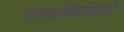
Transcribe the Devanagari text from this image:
वास्तविकतेवरही